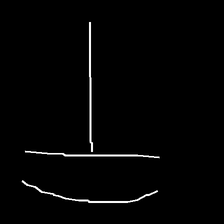
Glyph: dispersion